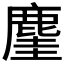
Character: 𪊧